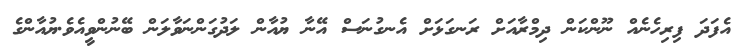
އެފަދަ ފިރިހެނެއް ނޫންކަން ދިމްރާއަށް ރަނގަޅަށް އެނގުނަސް އޭނާ ޔުއާން ލަދުގަންނަވާލަން ބޭނުންވިީއެވެ.ޔުއާންގެ